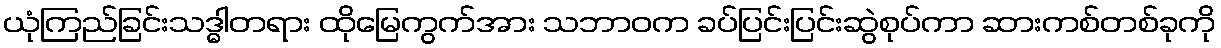
ယုံကြည်ခြင်းသဒ္ဓါတရား ထိုမြေကွက်အား သဘာဝက ခပ်ပြင်းပြင်းဆွဲစုပ်ကာ ဆားကစ်တစ်ခုကို